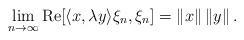
LaTeX: \begin{align*}\lim_{n \to \infty}{\rm Re}[ \langle x, \lambda y\rangle \xi_{n}, \xi_{n} ] = \left\| x \right\|\left\| y \right\|.\end{align*}